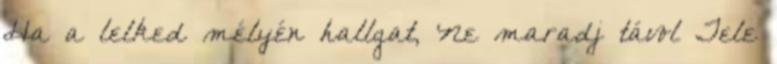
Ha a lelked mélyén hallgat, Ne maradj távol Tele